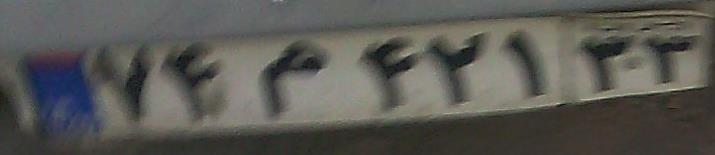
۷۴م۴۲۱۳۳